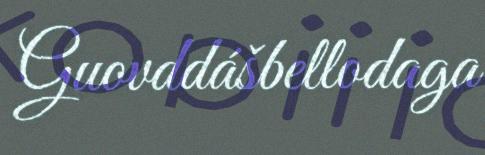
Guovddášbellodaga